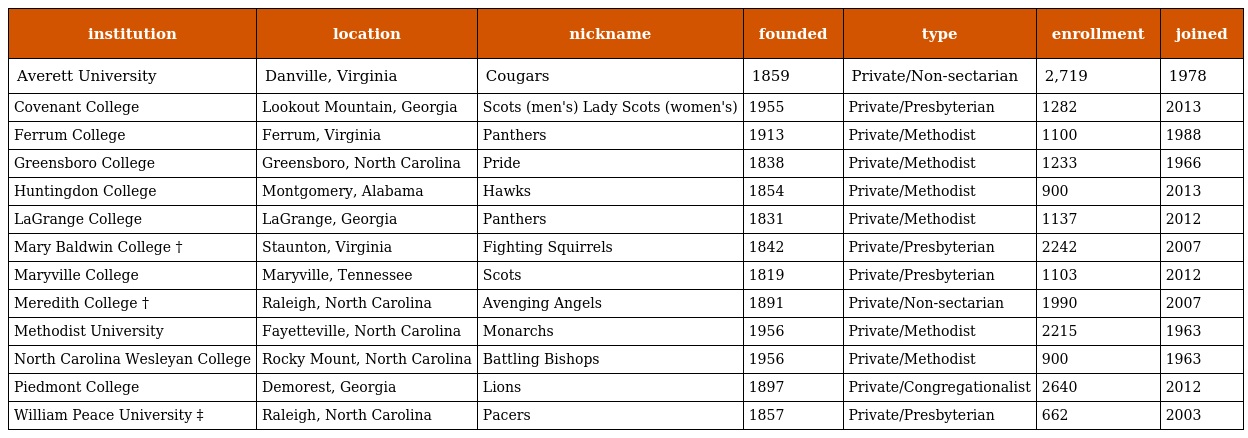
| institution | location | nickname | founded | type | enrollment | joined |
 | --- | --- | --- | --- | --- | --- | --- |
 | Averett University | Danville, Virginia | Cougars | 1859 | Private/Non-sectarian | 2,719 | 1978 |
 | Covenant College | Lookout Mountain, Georgia | Scots (men's) Lady Scots (women's) | 1955 | Private/Presbyterian | 1282 | 2013 |
 | Ferrum College | Ferrum, Virginia | Panthers | 1913 | Private/Methodist | 1100 | 1988 |
 | Greensboro College | Greensboro, North Carolina | Pride | 1838 | Private/Methodist | 1233 | 1966 |
 | Huntingdon College | Montgomery, Alabama | Hawks | 1854 | Private/Methodist | 900 | 2013 |
 | LaGrange College | LaGrange, Georgia | Panthers | 1831 | Private/Methodist | 1137 | 2012 |
 | Mary Baldwin College † | Staunton, Virginia | Fighting Squirrels | 1842 | Private/Presbyterian | 2242 | 2007 |
 | Maryville College | Maryville, Tennessee | Scots | 1819 | Private/Presbyterian | 1103 | 2012 |
 | Meredith College † | Raleigh, North Carolina | Avenging Angels | 1891 | Private/Non-sectarian | 1990 | 2007 |
 | Methodist University | Fayetteville, North Carolina | Monarchs | 1956 | Private/Methodist | 2215 | 1963 |
 | North Carolina Wesleyan College | Rocky Mount, North Carolina | Battling Bishops | 1956 | Private/Methodist | 900 | 1963 |
 | Piedmont College | Demorest, Georgia | Lions | 1897 | Private/Congregationalist | 2640 | 2012 |
 | William Peace University ‡ | Raleigh, North Carolina | Pacers | 1857 | Private/Presbyterian | 662 | 2003 |